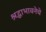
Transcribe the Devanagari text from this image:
श्रद्धाभावनेचे